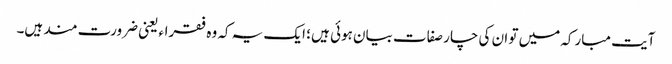
آیت مبارکہ میں تو ان کی چار صفات بیان ہوئی ہیں ؛ ایک یہ کہ وہ فقراء یعنی ضرورت مند ہیں۔